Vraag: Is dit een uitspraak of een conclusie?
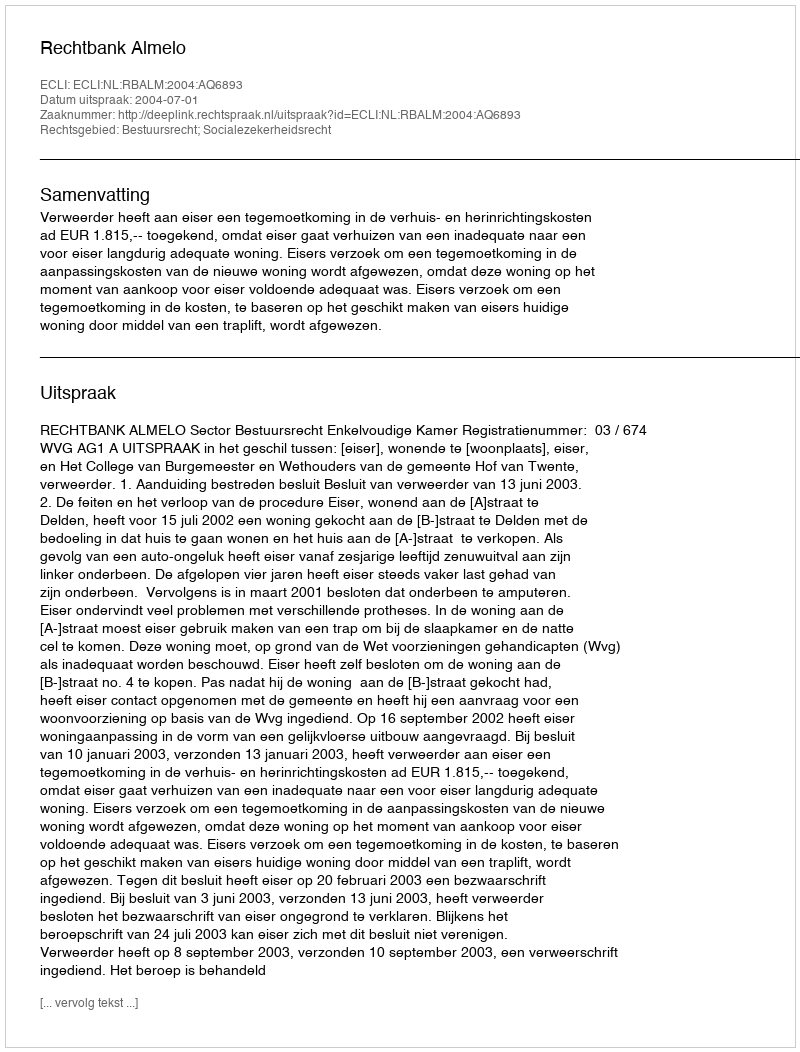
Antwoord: Uitspraak